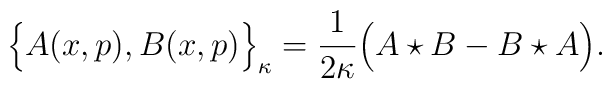
\Big \{ A(x,p) , B(x,p) \Big \}_{\kappa} = \frac{1}{2\kappa} \Big ( A \star B - B \star A \Big ).